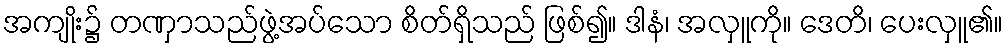
အကျိုး၌ တဏှာသည်ဖွဲ့အပ်သော စိတ်ရှိသည် ဖြစ်၍။ ဒါနံ၊ အလှူကို။ ဒေတိ၊ ပေးလှူ၏။